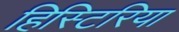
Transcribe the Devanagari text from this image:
हिस्टिरिया